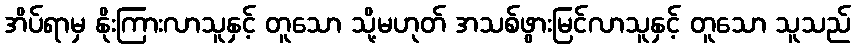
အိပ်ရာမှ နိုးကြားလာသူနှင့် တူသော သို့မဟုတ် အသစ်ဖွားမြင်လာသူနှင့် တူသော သူသည်